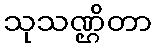
သုသဏ္ဌိတာ